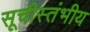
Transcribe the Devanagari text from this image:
सूचीस्तंभीय